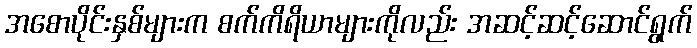
အစောပိုင်းနှစ်များက စက်ကိရိယာများကိုလည်း အဆင့်ဆင့်ဆောင်ရွက်